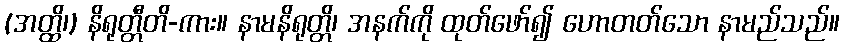
(အတ္ထိ၊) နိရုတ္တီတိ-ကား။ နာမနိရုတ္တိ၊ အနက်ကို ထုတ်ဖော်၍ ဟောတတ်သော နာမည်သည်။